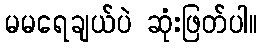
မမရေချယ်ပဲ ဆုံးဖြတ်ပါ။